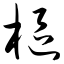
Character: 枢